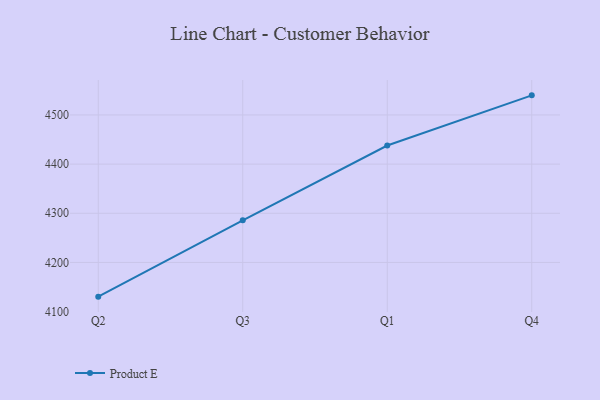
{"axis": {"x": "Quarter", "y": "Customer Acquisition Cost (USD)"}, "legend": ["Product E"], "data": [{"x": "Q2", "y": 4130.4, "type": "Product E"}, {"x": "Q3", "y": 4285.8, "type": "Product E"}, {"x": "Q1", "y": 4437.8, "type": "Product E"}, {"x": "Q4", "y": 4539.9, "type": "Product E"}]}